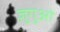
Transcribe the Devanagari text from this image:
ज़ुगुओ